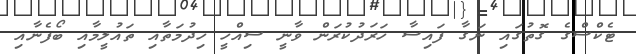
ޓެކްސްގެ ގޮތުގައި ނަގާ ފައިސާ ހަރަދުކުރަން ވާނީ ސިއްހީ ހިދުމަތާއި ތައުލީމާއި ބޯފެނާއި